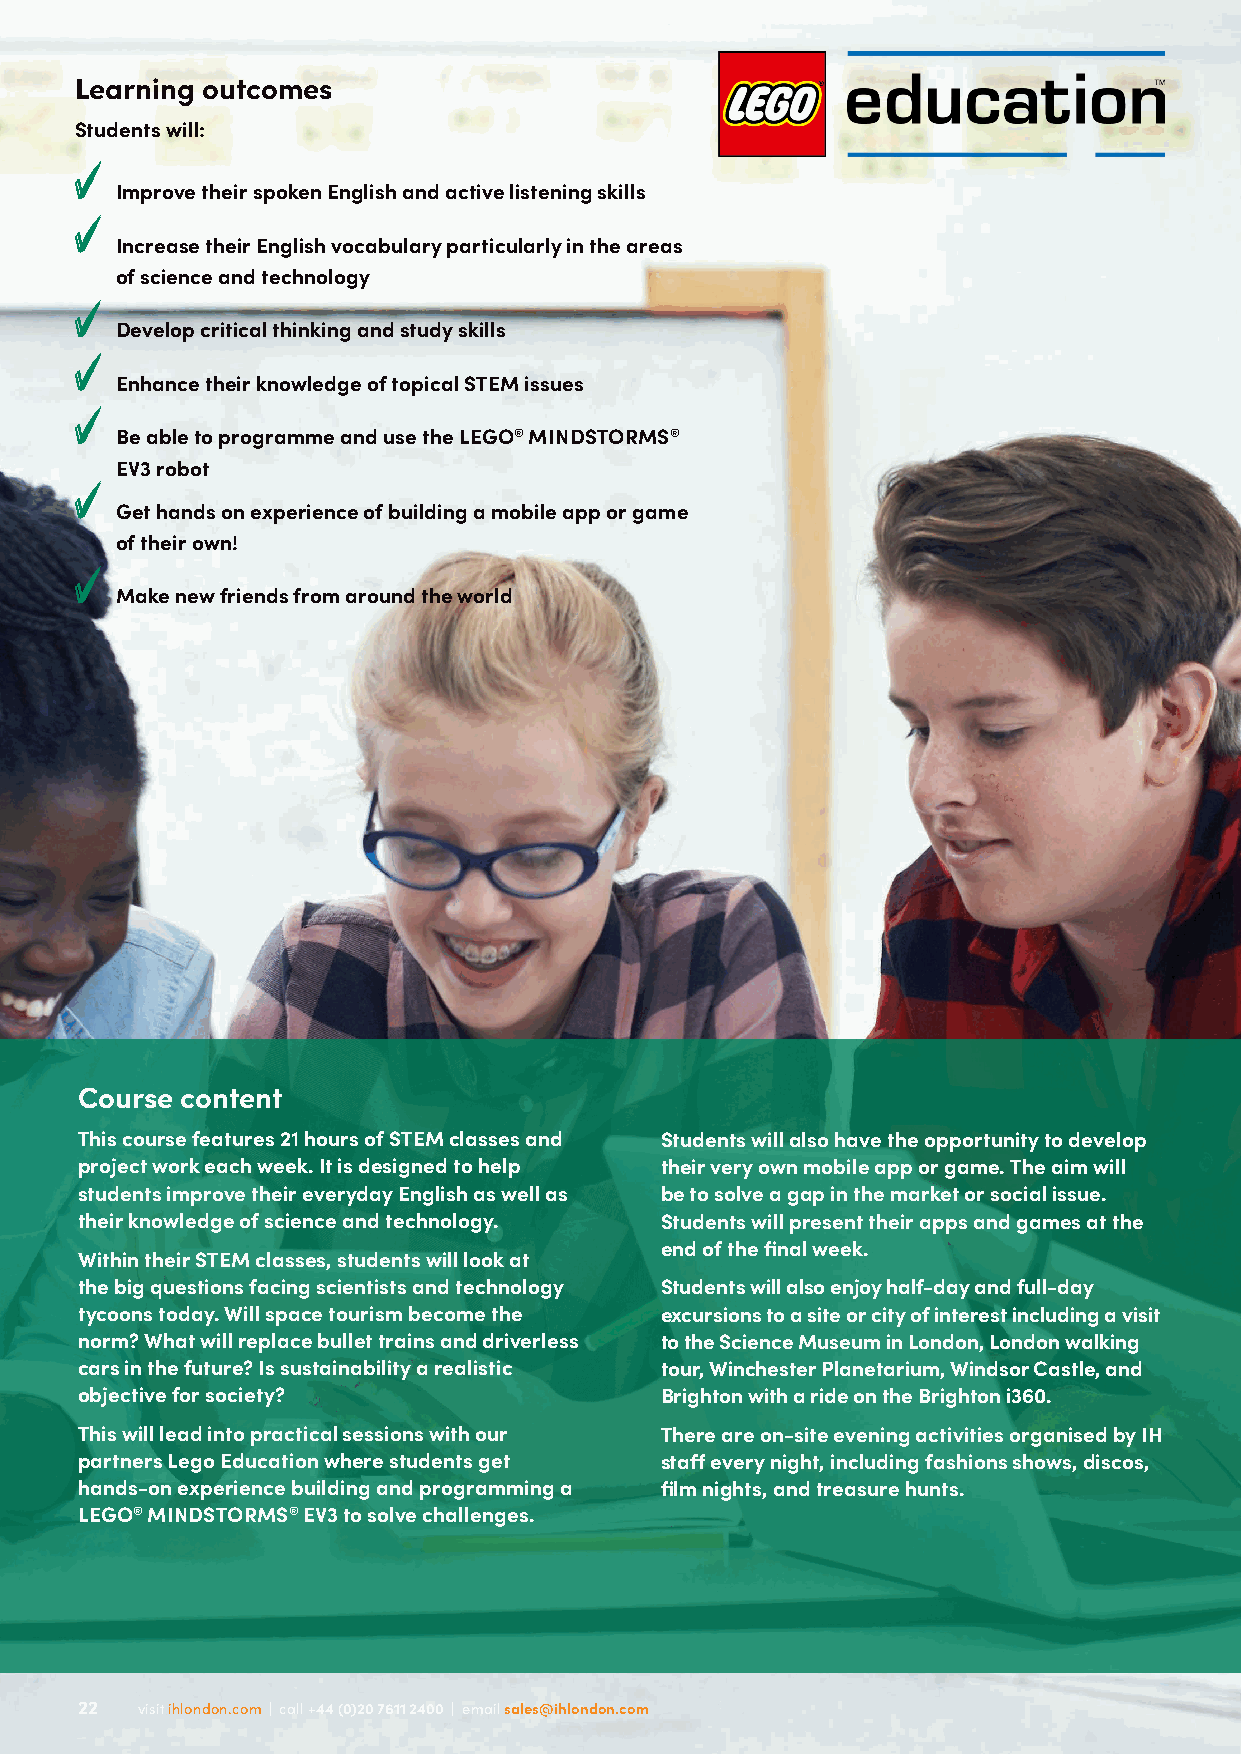
Learning outcomes
 Students will:
 Improve their spoken English and active listening skills
 Increase their English vocabulary particularly in the areas
 of science and technology
 Develop critical thinking and study skills
 Enhance their knowledge of topical STEM issues
 Be able to programme and use the LEGO® MINDSTORMS®
 EV3 robot
 Get hands on experience of building a mobile app or game
 of their own!
 Make new friends from around the world
 Course content
 This course features 21 hours of STEM classes and Students will also have the opportunity to develop
 project work each week. It is designed to help their very own mobile app or game. The aim will
 students improve their everyday English as well as be to solve a gap in the market or social issue.
 their knowledge of science and technology. Students will present their apps and games at the
 end of the final week.
 Within their STEM classes, students will look at
 the big questions facing scientists and technology Students will also enjoy half-day and full-day
 tycoons today. Will space tourism become the excursions to a site or city of interest including a visit
 norm? What will replace bullet trains and driverless to the Science Museum in London, London walking
 cars in the future? Is sustainability a realistic tour, Winchester Planetarium, Windsor Castle, and
 objective for society?                 Brighton with a ride on the Brighton i360.
 This will lead into practical sessions with our There are on-site evening activities organised by IH
 partners Lego Education where students get staff every night, including fashions shows, discos,
 hands-on experience building and programming a film nights, and treasure hunts.
 LEGO® MINDSTORMS® EV3 to solve challenges.
 2222 vviissiitt iihhlloonnddoonn..ccoomm || ccaallll ++4444 ((00))2200 77661111 22440000 || eemmaaiill ssaalleess@@iihhlloonnddoonn..ccoomm